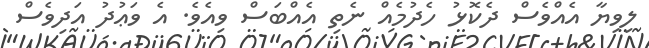
ލިވިޔާ އެއްވެސް ދެކޮޅު ހެދުމެއް ނެތި އެއްބަސް ވިއެވެ. އެ ވަޢުދު އަދިވެސް